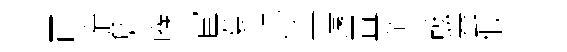
西窄詹喉宦薧賖盜遠罝須螭蛬假